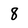
Character: 8